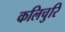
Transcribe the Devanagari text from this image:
कलिचुरि